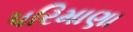
પરિમાણા